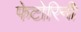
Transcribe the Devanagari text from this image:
फेटोरिनी